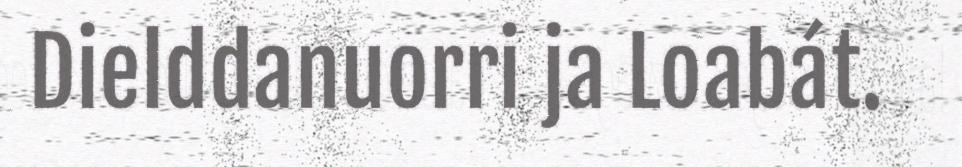
Dielddanuorri ja Loabát.